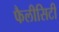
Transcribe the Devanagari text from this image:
फैलीसिटी